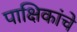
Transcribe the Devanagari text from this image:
पाक्षिकांचे